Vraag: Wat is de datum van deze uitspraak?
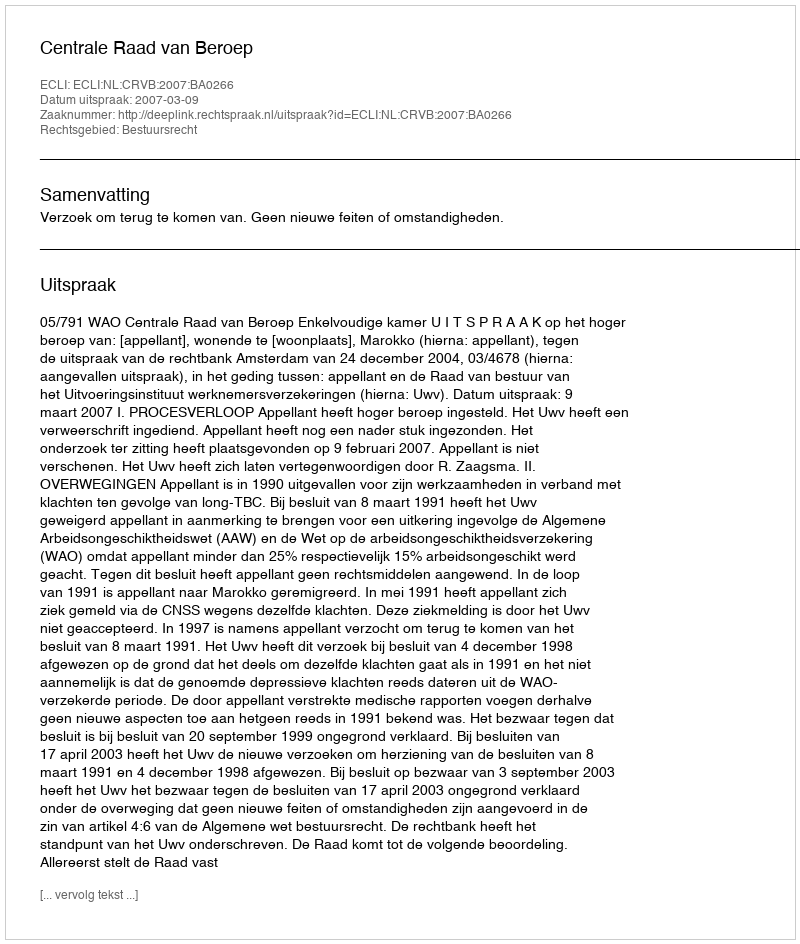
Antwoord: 2007-03-09